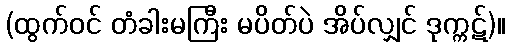
(ထွက်ဝင် တံခါးမကြီး မပိတ်ပဲ အိပ်လျှင် ဒုက္ကဋ်)။